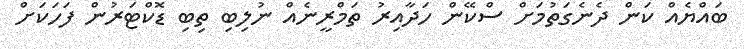
ބައްޔެއް ކަން ދެނެގަތުމަށް ސްކޭން ހަދާއިރު ތަމްރީނެއް ނުލިބި ތިބި ޑޮކްޓަރުން ފަހަކަށް